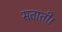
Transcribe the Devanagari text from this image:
सताती।